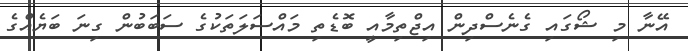
އޭނާ މި ޝޯގައި ގެނެސްދިން އިޖްތިމާއީ ބޮޑެތި މައްސަލަތަކުގެ ސަބަބުން ގިނަ ބަޔެއްގެ